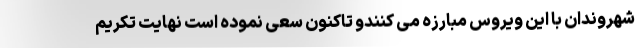
شهروندان با این ویروس مبارزه می کنندو تاکنون سعی نموده است نهایت تکریم